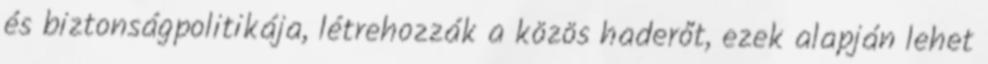
és biztonságpolitikája, létrehozzák a közös haderőt, ezek alapján lehet